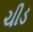
ચીડ